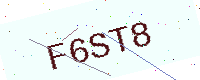
Text: F6ST8